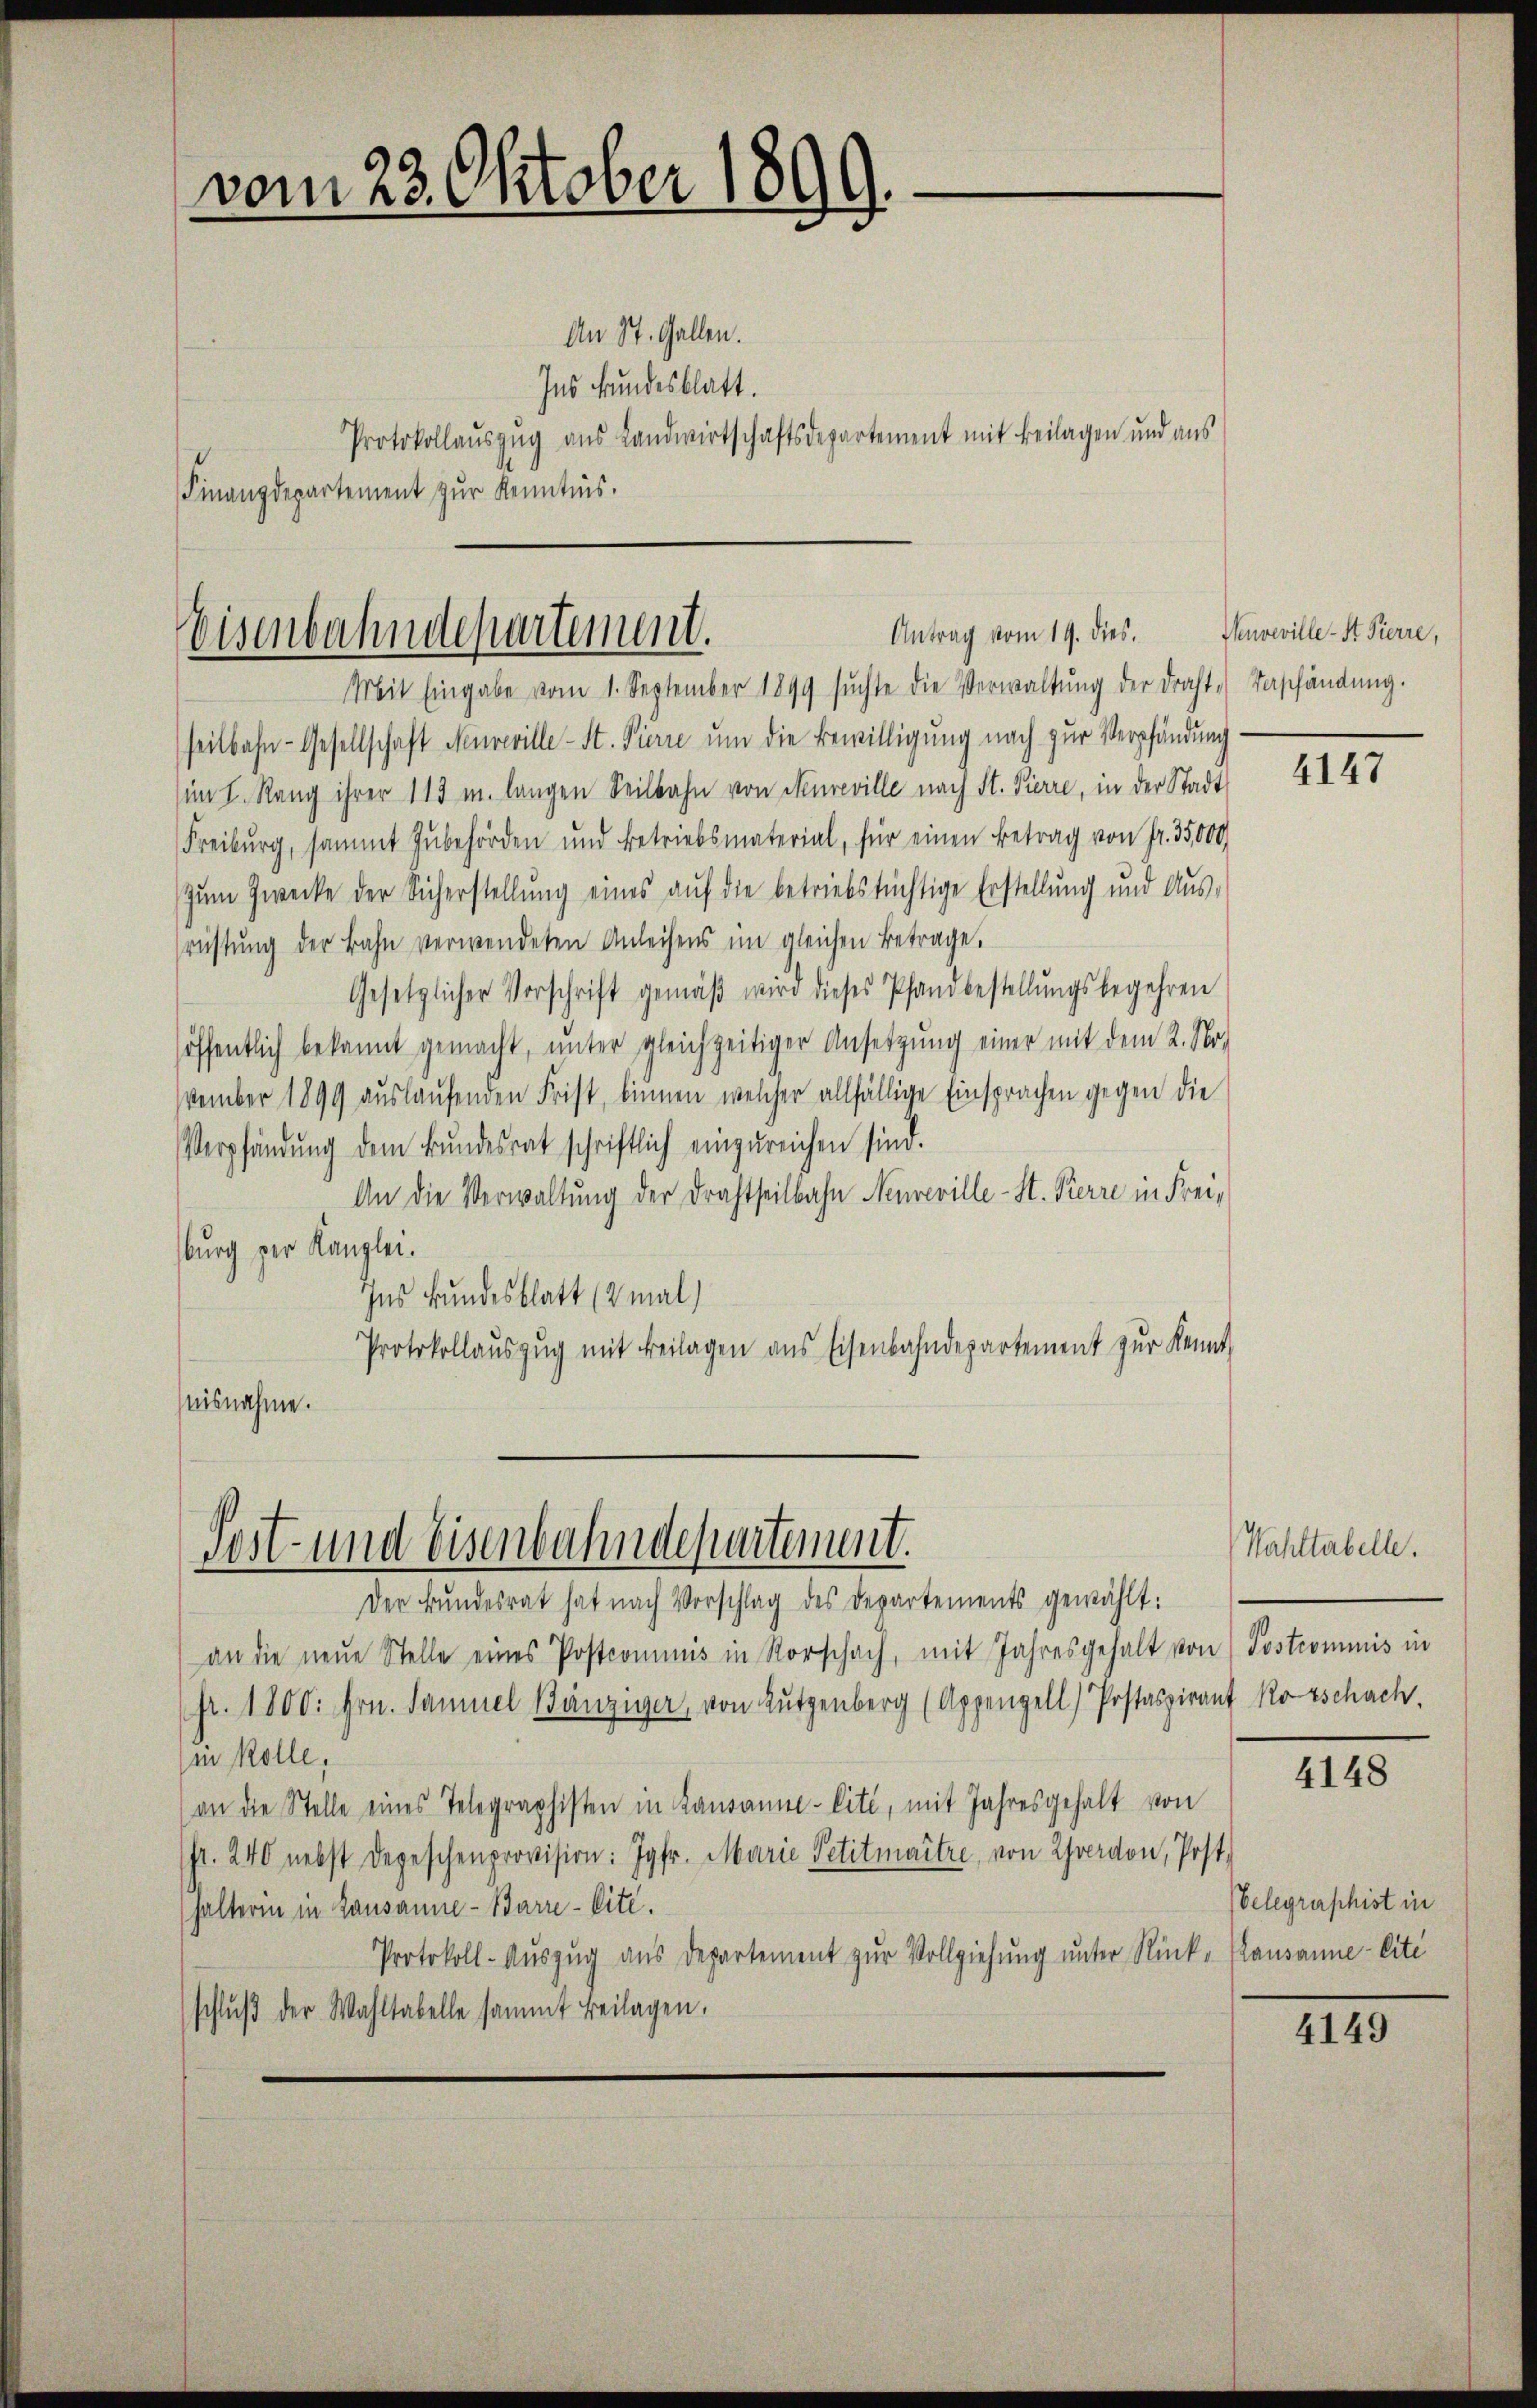
vom 23. Oktober 1899.

Antrag vom 19. dies.
Eisenbahndepartement.
Mit Eingabe vom 1. September 1899 sŭchte die Verwaltŭng der draht Verschändŭng.

seitbahn-Gesellschaft Neuveville - St. Pierre ŭm die Bewilligung nach zur Verpfändung
im I. Rang ihrer 113 u. langen Seilbahn von Neuveville nach St. Pierre, in der Stadt
Freiburg, sammt Zubehörden und Betriebsmaterial, für einen Betrag von Fr. 35,000
zŭm Zwecke der Sicherstellŭng eines aŭf die betriebstüchtige Erstellŭng und Aŭs-
rüstŭng der Bahn verwendeten Anleihens im gleichen Betrage.
Gesetzlicher Vorschrift gemäβ wird dieses Pfandbestellŭngsbegehren
höffentlich bekannt gemacht, ŭnter gleichzeitiger Ansetzŭng einer mit dem 2. No.
vember 1899 auslaufenden Frist, binnen welcher allfällige Einsprachen gegen die
Verpfändung dem Bundesrat schriftlich einzureichen sind.
An die Verwaltung der Drahtseitbahn Neuveville - St. Pierre in Freisburg per Kanzlei.
Ins Bundesblatt (2mal)
Protokollaŭszŭg mit Beilagen ans Eisenbahndepartement zŭr Kennt
nisnahme.

An St. Gallen.
Ins Fundesblatt.
Protokollauszug aus Landwirtschaftsdepartement mit Beilagen und aus
Finanzdepartement zur Kenntnis.

Post- und Eisenbahndepartement.

Der Bundesrat hat nach Vorschlag des Departements gewählt:
an die neue Stelle eines Postcommis in Vorschach, mit Jahresgehalt von Postcommis in
(fr. 1800. Hrn. Samuel Bänziger, von Lutzenberg (Appenzell) Postaspirant Rorschach.
(in Kolle,
an die Stelle eines Telegraphisten in Lausanne-Citi, mit Jahresgehalt von
fr. 240 nebst Depeschenprovision: Jgfr. Marie Petitmaître, von Yverdon, Post.
halterin in Lausanne - Barre-Citt.
Protokoll-Auszug aus Departement zŭr Vollziehung unter Rück- Lausanne liti
schlŭβ der Wahltabelle sammt Beilagen.

Veuveville - St. Pierre,

4147

Wahltabelle.

4148

belegraphist in

4149